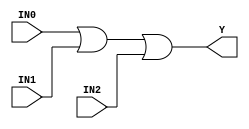
//------------------------------------------------------
// Copyright 1992, 1993 Cascade Design Automation Corporation.
//------------------------------------------------------
module or3(IN0,IN1,IN2,Y);
  parameter N = 8;
  parameter DPFLAG = 1;
  parameter GROUP = "dpath1";
  parameter
        d_IN0 = 0,
        d_IN1 = 0,
        d_IN2 = 0,
        d_Y = 1;
  input [(N - 1):0] IN0;
  input [(N - 1):0] IN1;
  input [(N - 1):0] IN2;
  output [(N - 1):0] Y;
  wire [(N - 1):0] IN0_temp;
  wire [(N - 1):0] IN1_temp;
  wire [(N - 1):0] IN2_temp;
  reg [(N - 1):0] Y_temp;
  assign #(d_IN0) IN0_temp = IN0;
  assign #(d_IN1) IN1_temp = IN1;
  assign #(d_IN2) IN2_temp = IN2;
  assign #(d_Y) Y = Y_temp;
  always
    @(IN0_temp or IN1_temp or IN2_temp)
      begin
      Y_temp = ((IN0_temp | IN1_temp) | IN2_temp);
      end
endmodule